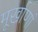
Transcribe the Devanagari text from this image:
मूर्खाणां